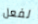
لفعل